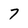
Character: 7